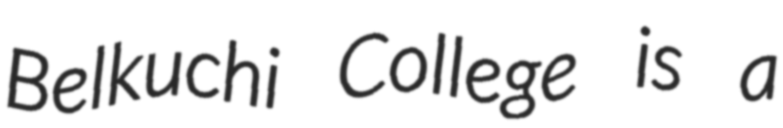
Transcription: Belkuchi College is a